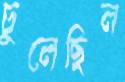
ঢুলেছিল